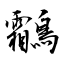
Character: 鸘